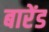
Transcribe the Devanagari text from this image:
बारेंड